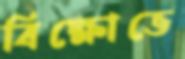
বিক্ষোভে